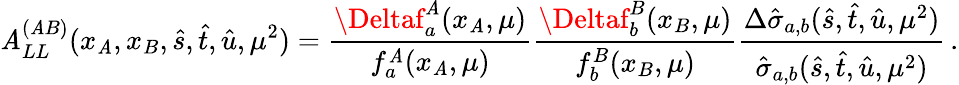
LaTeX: \mathit{A}_{LL}^{(\mathit{A}B)}(x_{\mathit{A}},x_{B},\hat{{s}},\hat{{t}},\hat{{u}},\mu^{2})=\frac{{\Deltaf_{a}^{\mathit{A}}(x_{\mathit{A}},\mu)}}{{f_{a}^{\mathit{A}}(x_{\mathit{A}},\mu)}}\frac{{\Deltaf_{b}^{B}(x_{B},\mu)}}{{f_{b}^{B}(x_{B},\mu)}}\frac{{\Delta\hat{{\sigma}}_{a,b}(\hat{{s}},\hat{{t}},\hat{{u}},\mu^{2})}}{{\hat{{\sigma}}_{a,b}(\hat{{s}},\hat{{t}},\hat{{u}},\mu^{2})}}\, .